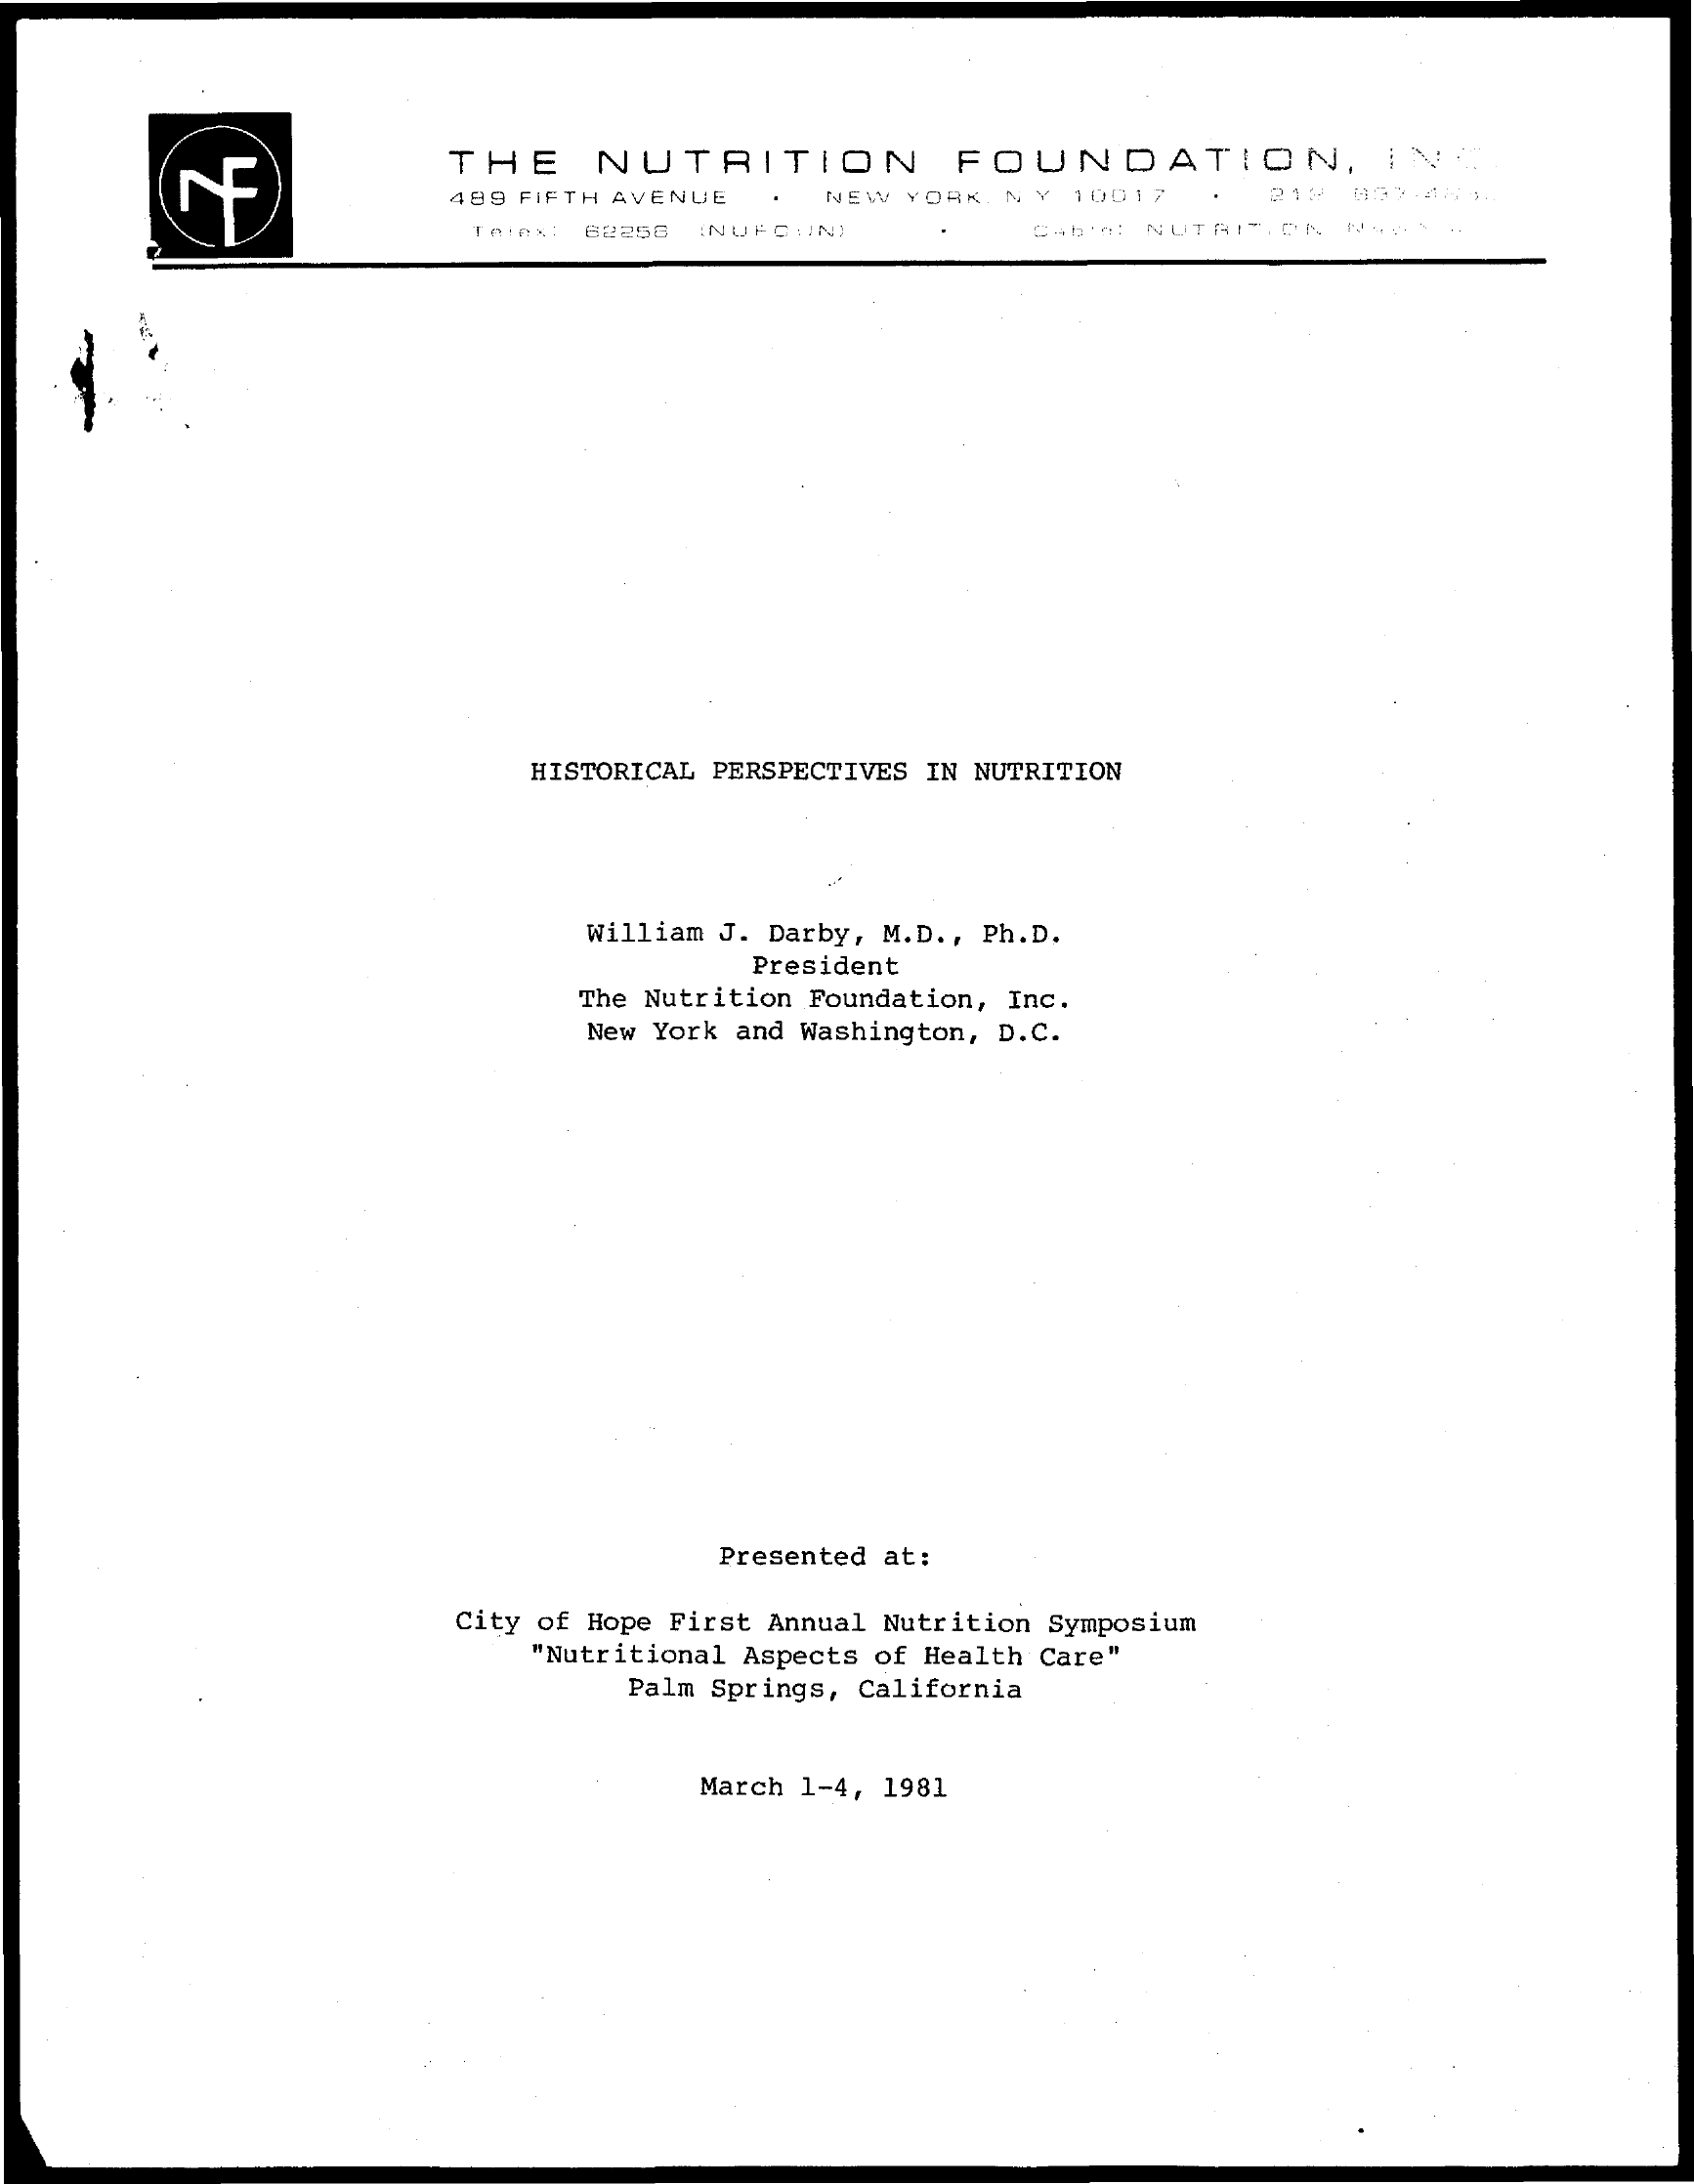
F
     THE    NUTRITION    FOUNDATION,    INC
     489 FIFTH AVENUE   NEW YORK  NY 10017
     Tofax: 62258 (NUFC.INI    NUTRITION
    -
     HISTORICAL PERSPECTIVES IN NUTRITION
     William J. Darby, M.D ., Ph.D.
     President
     The Nutrition Foundation, Inc.
     New York and Washington, D.C.
     Presented at:
     City of Hope First Annual Nutrition Symposium
     "Nutritional Aspects of Health Care"
     Palm Springs, California
     March 1-4, 1981